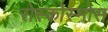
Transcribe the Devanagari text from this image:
रोस्कोस्मोस